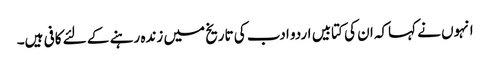
انہوں نے کہاکہ ان کی کتابیں اردو ادب کی تاریخ میں زندہ رہنے کے لئے کافی ہیں۔